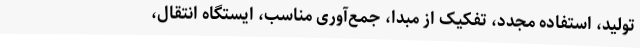
تولید، استفاده مجدد، تفکیک از مبدا، جمع‌آوری مناسب، ایستگاه انتقال،